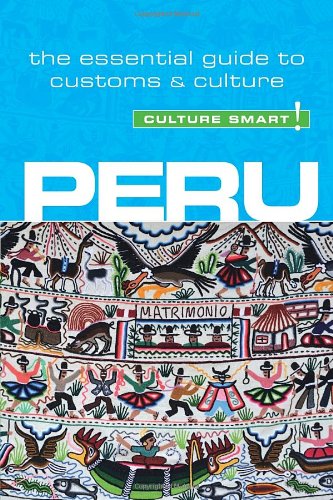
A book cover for Peru - Culture Smart!: The Essential Guide to Culture & Customs; John Forrest; Travel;